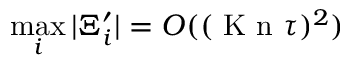
\operatorname* { m a x } _ { i } \vert \Xi _ { i } ^ { \prime } \vert = O ( ( \ensuremath { \mathrm { ~ K ~ n ~ } } \tau ) ^ { 2 } )